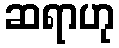
ဆရာဟု